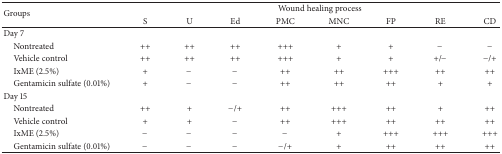
<table><thead><tr><td rowspan="2"><b>Groups</b></td><td colspan="8"><b>Wound healing process</b></td></tr><tr><td><b>S</b></td><td><b>U</b></td><td><b>Ed</b></td><td><b>PMC</b></td><td><b>MNC</b></td><td><b>FP</b></td><td><b>RE</b></td><td><b>CD</b></td></tr></thead><tbody><tr><td>Day 7</td><td> </td><td> </td><td> </td><td> </td><td> </td><td> </td><td> </td><td> </td></tr><tr><td> Nontreated</td><td>++</td><td>++</td><td>++</td><td>+++</td><td>+</td><td>+</td><td>−</td><td>−</td></tr><tr><td> Vehicle control</td><td>++</td><td>++</td><td>++</td><td>+++</td><td>+</td><td>+</td><td>+/−</td><td>−/+</td></tr><tr><td> IxME (2.5%)</td><td>+</td><td>−</td><td>−</td><td>++</td><td>++</td><td>+++</td><td>++</td><td>++</td></tr><tr><td> Gentamicin sulfate (0.01%)</td><td>+</td><td>−</td><td>−</td><td>++</td><td>++</td><td>++</td><td>+</td><td>+</td></tr><tr><td>Day 15</td><td> </td><td> </td><td> </td><td> </td><td> </td><td> </td><td> </td><td> </td></tr><tr><td> Nontreated</td><td>++</td><td>+</td><td>−/+</td><td>++</td><td>+++</td><td>++</td><td>+</td><td>++</td></tr><tr><td> Vehicle control</td><td>+</td><td>+</td><td>−</td><td>++</td><td>+++</td><td>++</td><td>++</td><td>++</td></tr><tr><td> IxME (2.5%)</td><td>−</td><td>−</td><td>−</td><td>−</td><td>+</td><td>+++</td><td>+++</td><td>+++</td></tr><tr><td> Gentamicin sulfate (0.01%)</td><td>−</td><td>−</td><td>−</td><td>−/+</td><td>+</td><td>++</td><td>++</td><td>++</td></tr></tbody></table>